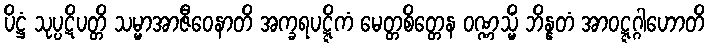
ပိဋ္ဌံ သုပ္ပဋိပတ္တိ သမ္မာအာဇီဝေနာတိ အက္ခရပဋ္ဋိကံ မေတ္တစိတ္တေန ဝဏ္ဏသ္မိံ ဘိန္နတံ အာဝဋ္ဋဂ္ဂါဟောတိ